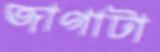
জাগাটা